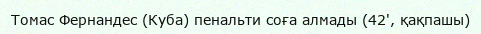
Томас Фернандес (Куба) пенальти соға алмады (42', қақпашы)